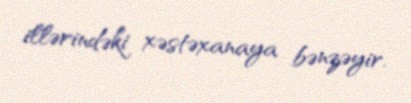
illərindəki xəstəxanaya bənzəyir.